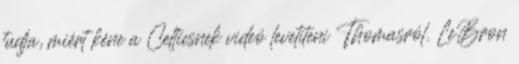
tudja, miért kéne a Celticsnek videó levetíteni Thomasról. LeBron